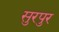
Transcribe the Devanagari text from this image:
सुरपुर